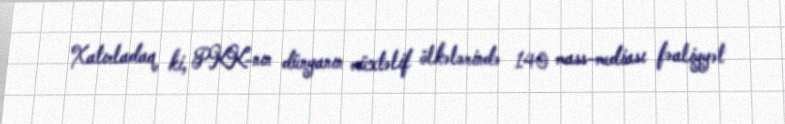
Xatırladaq ki, PKK-nın dünyanın müxtəlif ölkələrində 140 mass-mediası fəaliyyət